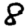
Digit: 8